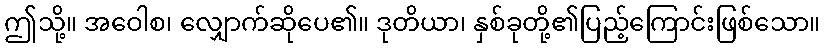
ဤသို့။ အဝေါစ၊ လျှောက်ဆိုပေ၏။ ဒုတိယာ၊ နှစ်ခုတို့၏ပြည့်ကြောင်းဖြစ်သော။